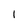
Character: 1